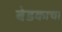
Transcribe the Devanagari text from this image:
बेडकाचा